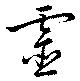
靈